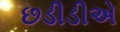
છડીડીએ